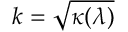
k = \sqrt { \kappa ( \lambda ) }